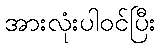
အားလုံးပါဝင်ပြီး